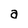
Character: a